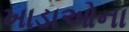
ખાડાઓના